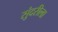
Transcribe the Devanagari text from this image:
सुंदरीला